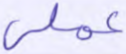
عملي